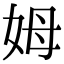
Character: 姆